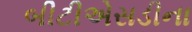
બીટીએસડીના